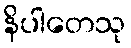
နိပါတေသု